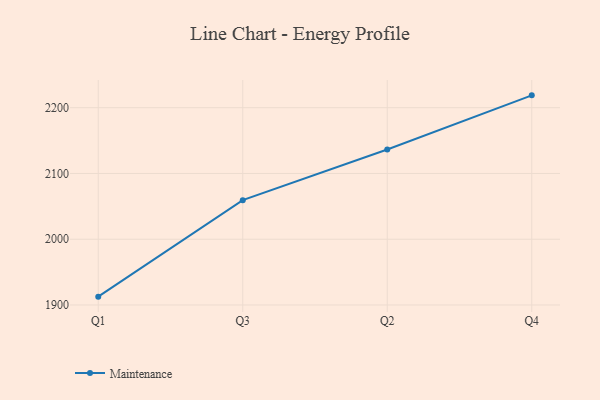
{"axis": {"x": "Quarter", "y": "Headcount"}, "legend": ["Maintenance"], "data": [{"x": "Q1", "y": 1912.7, "type": "Maintenance"}, {"x": "Q3", "y": 2059.4, "type": "Maintenance"}, {"x": "Q2", "y": 2136.5, "type": "Maintenance"}, {"x": "Q4", "y": 2218.8, "type": "Maintenance"}]}